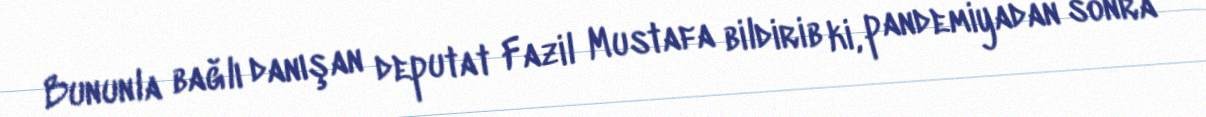
Bununla bağlı danışan deputat Fazil Mustafa bildirib ki, pandemiyadan sonra